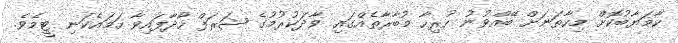
ކާމަޔާބުކޮށް މިހާތަނަށް ބޭއްވުނު ހުރިހާ މުބާރާތެއްގައި ވާދަކުރުމުގެ ޝަރަފް ހޯދާފައިވާ ހަމައެކަނި ޓީމެވެ.